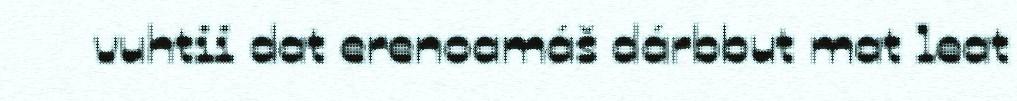
vuhtii dat erenoamáš dárbbut mat leat